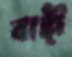
বাঙ্গী